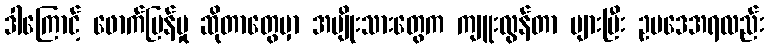
ဒါကြောင့် ဖောက်ပြန်မှု ဆိုတာတွေမှာ အမျိုးသားတွေက ကျူးလွန်တာ များပြီး ဥပဒေအရလည်း